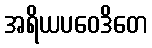
အရိယပဝေဒိတေ